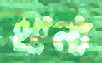
ধান্য